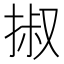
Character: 掓